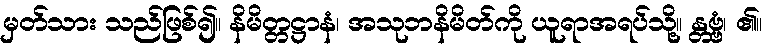
မှတ်သား သည်ဖြစ်၍။ နိမိတ္တဋ္ဌာနံ၊ အသုဘနိမိတ်ကို ယူရာအရပ်သို့။ န္တဗ္ဗံ၊ ၏။